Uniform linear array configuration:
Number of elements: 24
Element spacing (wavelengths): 0.5
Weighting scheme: exponential
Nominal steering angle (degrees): -30
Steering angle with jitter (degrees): -30.203
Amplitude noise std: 0.05
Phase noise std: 0.05

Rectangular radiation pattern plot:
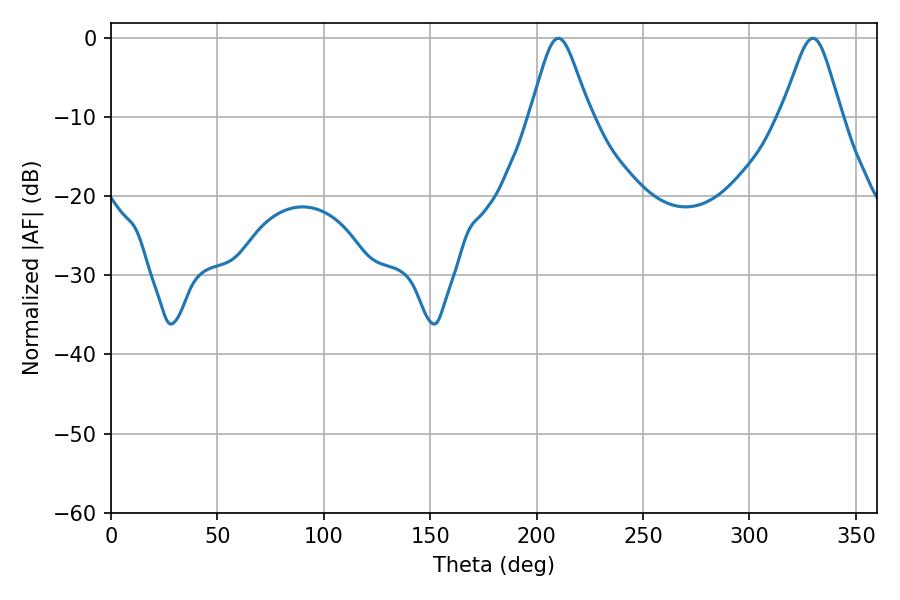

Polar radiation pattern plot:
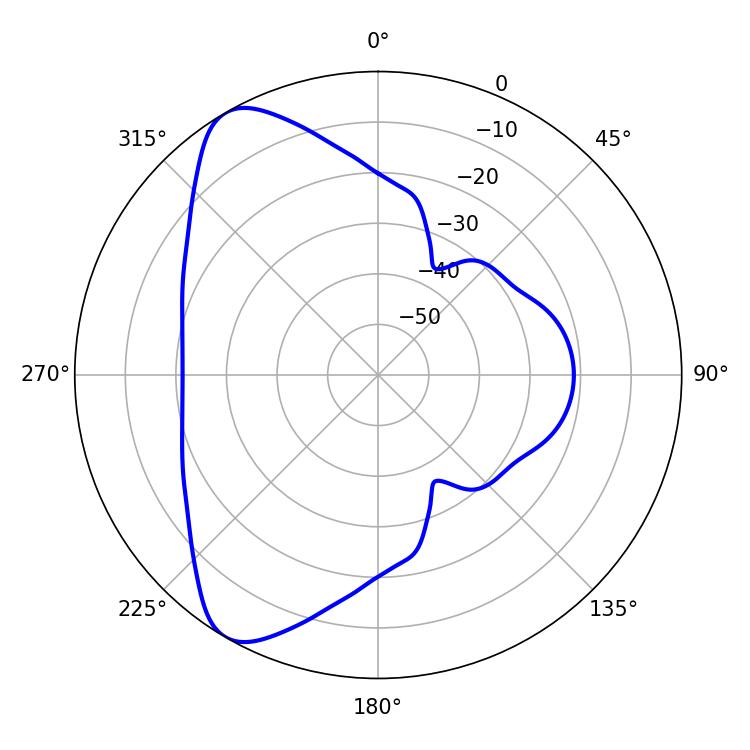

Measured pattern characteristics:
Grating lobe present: FALSE
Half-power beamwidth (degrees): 13.68
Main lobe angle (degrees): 210.24